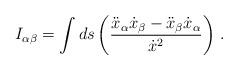
LaTeX: \begin{align*}I_{\alpha \beta }=\int ds\left( \frac{\ddot{x}_{\alpha }\dot{x}_{\beta }-\ddot{x}_{\beta }\dot{x}_{\alpha }}{\dot{x}^{2}}\right) \, .\end{align*}